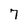
Character: 7